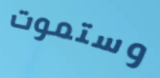
وستموت